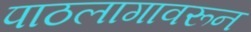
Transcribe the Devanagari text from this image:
पाठलागावरून